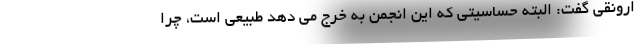
ارونقی گفت: البته حساسیتی که این انجمن به خرج می دهد طبیعی است، چرا